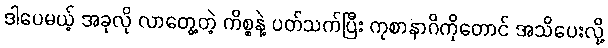
ဒါပေမယ့် အခုလို လာတွေ့တဲ့ ကိစ္စနဲ့ ပတ်သက်ပြီး ကုစာနာဂိကိုတောင် အသိပေးလို့